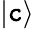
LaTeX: \vert\mathtt{c}\rangle